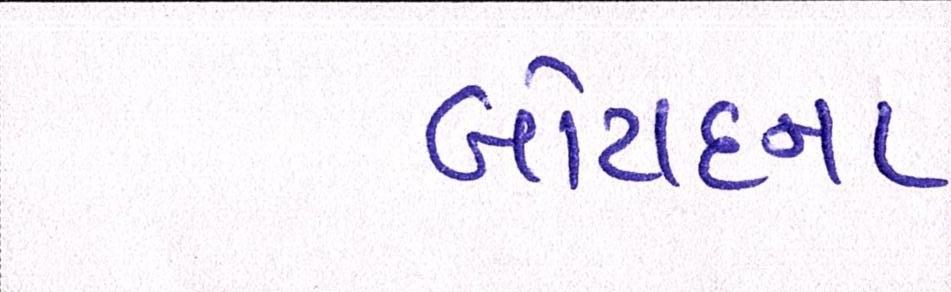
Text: બોટાદના